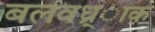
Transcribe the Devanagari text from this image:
बलवध्र्ाक